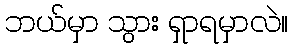
ဘယ်မှာ သွား ရှာရမှာလဲ။